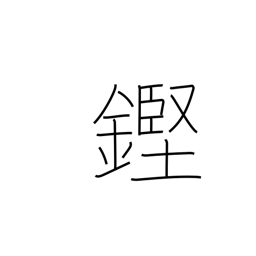
Meaning: clinking sound